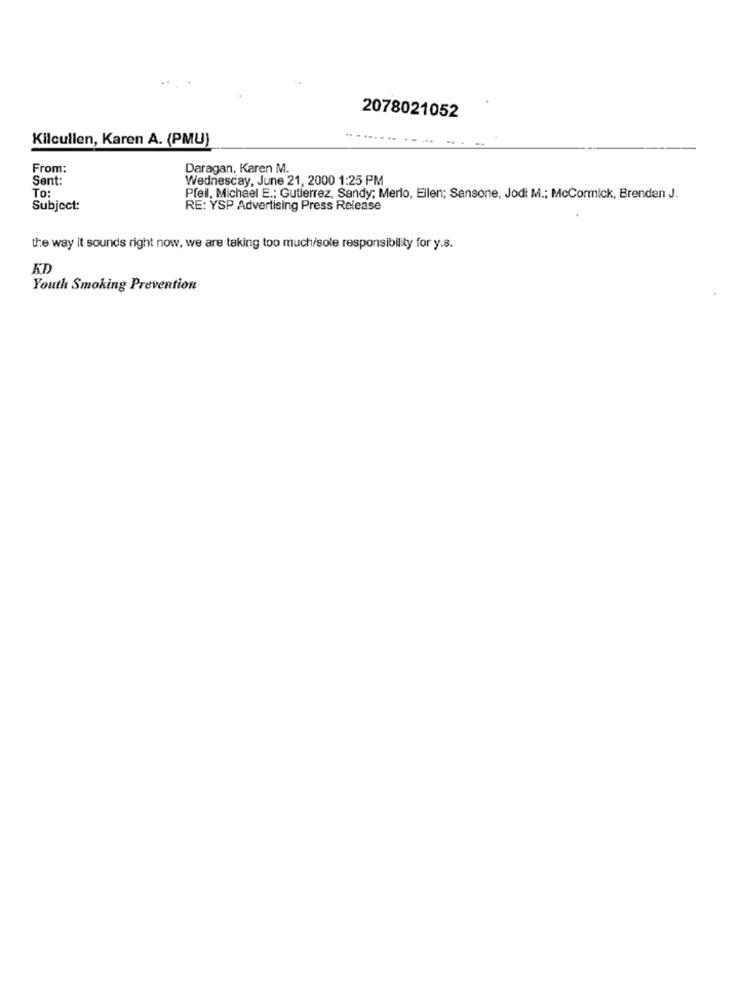
2078021052
Kilcullen, Karen A. (PMU)
From:
Daragan, Karen M.
Sent:
Wednesday, June 21, 2000 1:25 PM
To:
Pfeil, Michael E .; Gutierrez, Sandy; Merlo, Ellen; Sansone, Jodi M .; McCormick, Brenden J.
Subject:
RE: YSP Advertising Press Release
the way it sounds right now, we are taking too much/sole responsibility for y.s.
KD
Youth Smoking Prevention